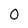
Character: 0